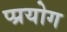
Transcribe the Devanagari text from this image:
प्प्रयोग